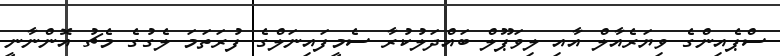
ސްޕެއިންގެ ވިޔަރެއާލް އާއި ލިވަޕޫލް ބައްދަލުކުރާ ސެމީފައިނަލްގެ ފުރަތަމަ ލެގުގެ މެޗު އޮންނާނީ